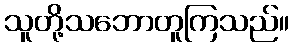
သူတို့သဘောတူကြသည်။